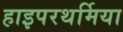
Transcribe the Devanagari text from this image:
हाइपरथर्मिया